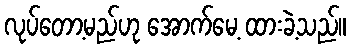
လုပ်တော့မည်ဟု အောက်မေ့ ထားခဲ့သည်။